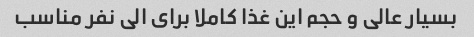
بسیار عالی و حجم این غذا کاملا برای الی نفر مناسب